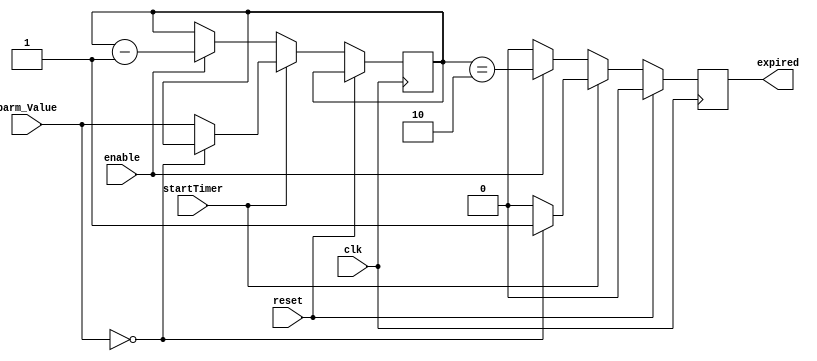
`timescale 1ns / 1ps
//////////////////////////////////////////////////////////////////////////////////
// Company: 
// Engineer: 
// 
// Design Name: 
// Module Name:    Timer 
// Project Name: 
// Target Devices: 
// Tool versions: 
// Description: 
//
// Dependencies: 
//
// Revision: 
// Revision 0.01 - File Created
// Additional Comments: 
//
//////////////////////////////////////////////////////////////////////////////////
module Timer(clk, reset, parm_Value, enable, startTimer, expired);
	input clk, reset, startTimer, enable;
	input[3:0] parm_Value;
	output expired;
	
	reg expired;
	
	reg[3:0] time_parm;
	
	always @ (posedge clk)
	begin
		expired <= 0;
		
		if(reset)
			begin
				expired <= 0;
			end
		else if(startTimer)
			begin
				expired <= 0;
				if(parm_Value == 4'b0000)
					begin
						expired <= 1;
					end
				else
					begin
					time_parm <= parm_Value;
					end
			end
		else if (enable)
			begin
				expired <= (time_parm==4'b0010);

				time_parm <= time_parm - 1;
			end
	end

endmodule